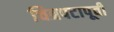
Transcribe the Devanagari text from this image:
चित्रपटापूर्वी